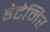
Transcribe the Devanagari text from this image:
डेटेमिर